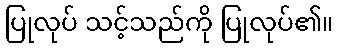
ပြုလုပ် သင့်သည်ကို ပြုလုပ်၏။